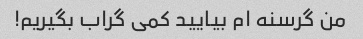
من گرسنه ام بیایید کمی گراب بگیریم!